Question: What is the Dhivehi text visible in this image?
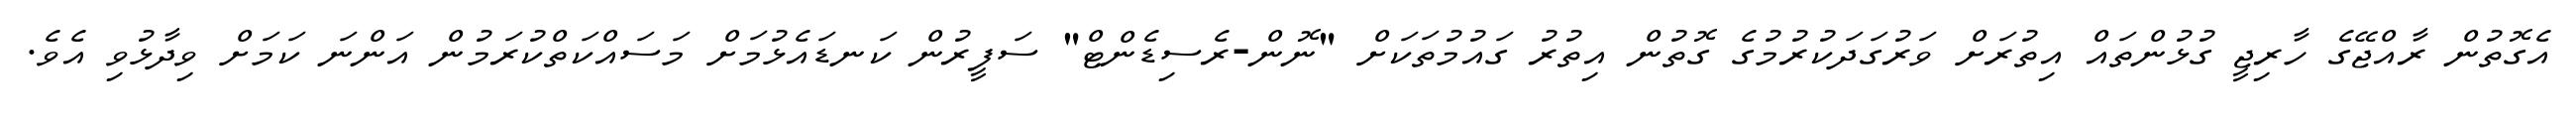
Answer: އެގޮތުން ރާއްޖޭގެ ހާރިޖީ ގުޅުންތައް އިތުރަށް ވަރުގަދަކުރުމުގެ ގޮތުން އިތުރު ގައުމުތަކަށް "ނޮން-ރެސިޑެންޓް" ސަފީރުން ކަނޑައެޅުމަށް މަސައްކަތްކުރަމުން އަންނަ ކަމަށް ވިދާޅުވި އެވެ.